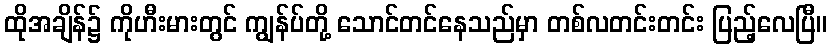
ထိုအချိန်၌ ကိုဟီးမားတွင် ကျွန်ပ်တို့ သောင်တင်နေသည်မှာ တစ်လတင်းတင်း ပြည့်လေပြီ။